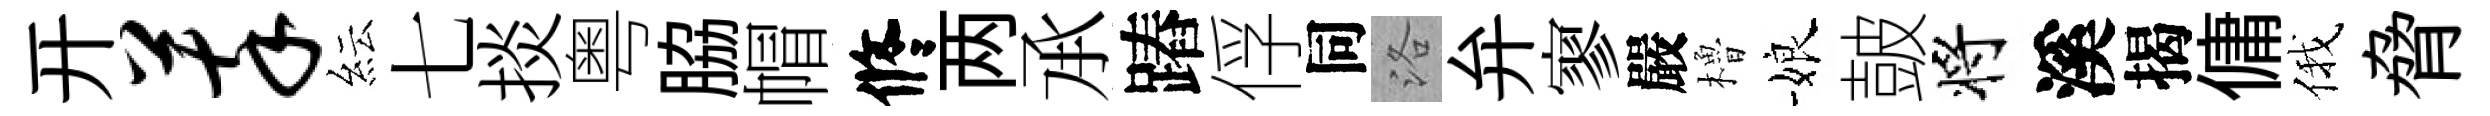
开萃紜七掞粤脇帽修两𠄘蹖俘同洛弁寥嚴櫓娘皷将溪揭傭俄脅